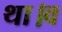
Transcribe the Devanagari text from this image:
था।व